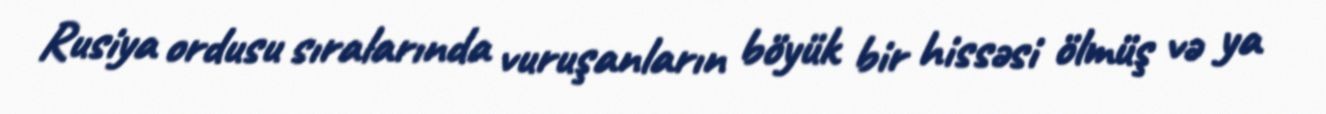
Rusiya ordusu sıralarında vuruşanların böyük bir hissəsi ölmüş və ya